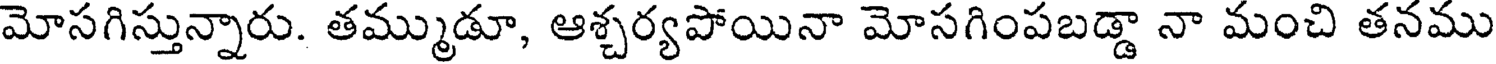
మోసగిస్తున్నారు. తమ్ముడూ, ఆశ్చర్యపోయినా మోసగింపబడ్డా నా మంచి తనము